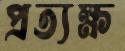
প্রত্যক্ষ